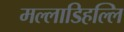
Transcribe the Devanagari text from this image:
मल्‍लाडिहल्‍लि